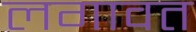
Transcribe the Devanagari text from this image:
लगावत